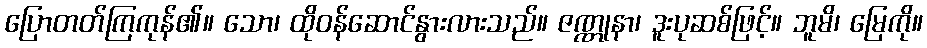
ပြောတတ်ကြကုန်၏။ သော၊ ထိုဝန်ဆောင်နွားလားသည်။ ဇဏ္ဏုနာ၊ ဒူးပုဆစ်ဖြင့်။ ဘူမိ၊ မြေကို။